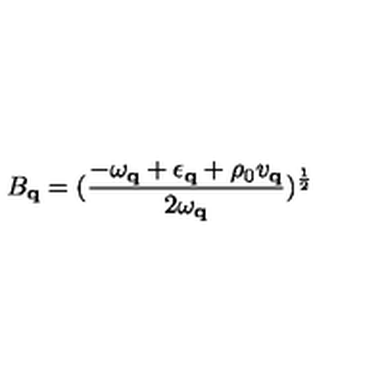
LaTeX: B _ { { \bf { q } } } = ( \frac { - \omega _ { { \bf { q } } } + \epsilon _ { { \bf { q } } } + \rho _ { 0 } v _ { { \bf { q } } } } { 2 \mathrm { } \omega _ { { \bf { q } } } } ) ^ { \frac { 1 } { 2 } }